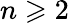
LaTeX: n\geqslant 2